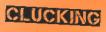
CLUCKING